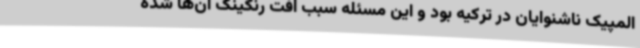
المپیک ناشنوایان در ترکیه بود و این مسئله سبب افت رنکینگ آن‌ها شده